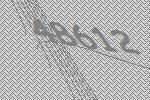
48612